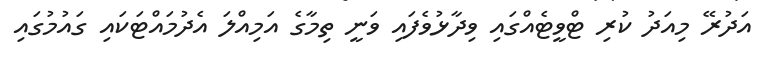
އަދުރޭ މިއަދު ކުރި ޓްވީޓެއްގައި ވިދާޅުވެފައި ވަނީ ތިިމާގެ އަމިއްލަ އެދުމައްޓަކައި ގައުމުގައި